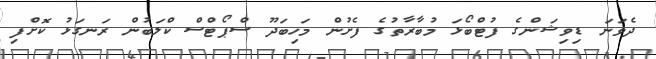
ދެވަނަ ޑިވިޝަންގެ ފުޓްބޯޅަ މުބާރާތުގެ ފެށުން މަހިބަދޫ ސްޕޯޓްސް ކްލަބުން ރަނގަޅު ކޮށްފި